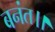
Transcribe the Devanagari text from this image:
बनंत।।